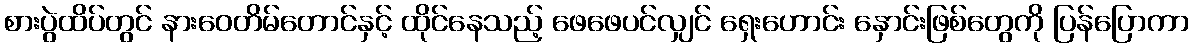
စားပွဲထိပ်တွင် နားဝေတိမ်တောင်နှင့် ထိုင်နေသည့် ဖေဖေပင်လျှင် ရှေးဟောင်း နှောင်းဖြစ်တွေကို ပြန်ပြောကာ